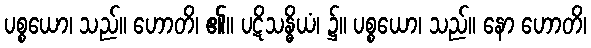
ပစ္စယော၊ သည်။ ဟောတိ၊ ၏။ ပဋိသန္ဓိယံ၊ ၌။ ပစ္စယော၊ သည်။ နော ဟောတိ၊